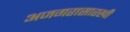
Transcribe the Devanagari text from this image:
अजगरासारखी